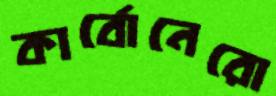
কার্বোনেরো